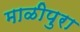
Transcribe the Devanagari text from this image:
माळीपुरा